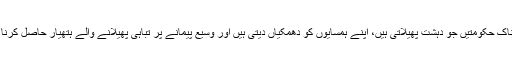
ایسی خطرناک حکومتیں جو دہشت پھیلاتی ہیں، اپنے ہمسایوں کو دھمکیاں دیتی ہیں اور وسیع پیمانے پر تباہی پھیلانے والے ہتھیار حاصل کرنا چاہتی ہیں۔